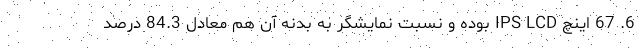
6. 67 اینچ IPS LCD بوده و نسبت نمایشگر به بدنه آن هم معادل 84.3 درصد